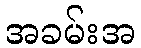
အခမ်းအ